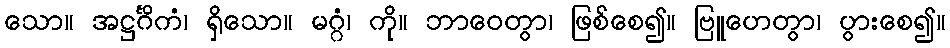
သော။ အဋ္ဌင်္ဂိကံ၊ ရှိသော။ မဂ္ဂံ၊ ကို။ ဘာဝေတွာ၊ ဖြစ်စေ၍။ ဗြူဟေတွာ၊ ပွားစေ၍။